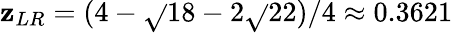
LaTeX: \mathbf{z}_{LR}=(4-\sqrt{}{{18-2\sqrt{}{{22}}}})/4\approx0.3621